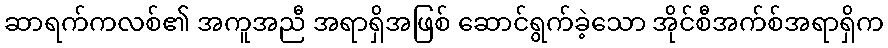
ဆာရက်ကလစ်၏ အကူအညီ အရာရှိအဖြစ် ဆောင်ရွက်ခဲ့သော အိုင်စီအက်စ်အရာရှိက